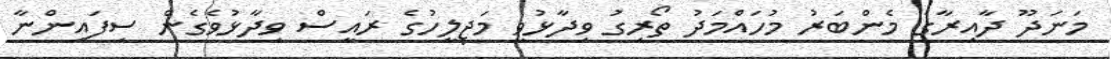
މަނަދޫ ދާއިރާގެ މެންބަރު މުހައްމަދު ތޯރިގު ވިދާޅުވީ މަޖިލީހުގެ ރައީސް ވިދާޅުވެގެން ސިފައިންނާ